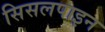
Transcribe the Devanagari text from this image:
सिसलपाइन